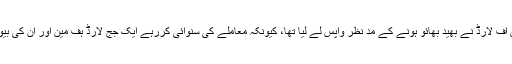
اس معاملے میں اپنے پچھلے فیصلے کو ہائوس آف لارڈ نے بھید بھائو ہونے کے مد نظر واپس لے لیا تھا، کیونکہ معاملے کی سنوائی کررہے ایک جج لارڈ ہف مین اور ان کی بیوی معاملے کے ایک فریق کے رشتہ دار تھے۔